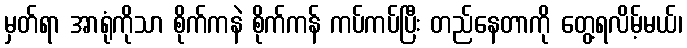
မှတ်ရာ အာရုံကိုသာ စိုက်ကနဲ စိုက်ကန် ကပ်ကပ်ပြီး တည်နေတာကို တွေ့ရလိမ့်မယ်၊